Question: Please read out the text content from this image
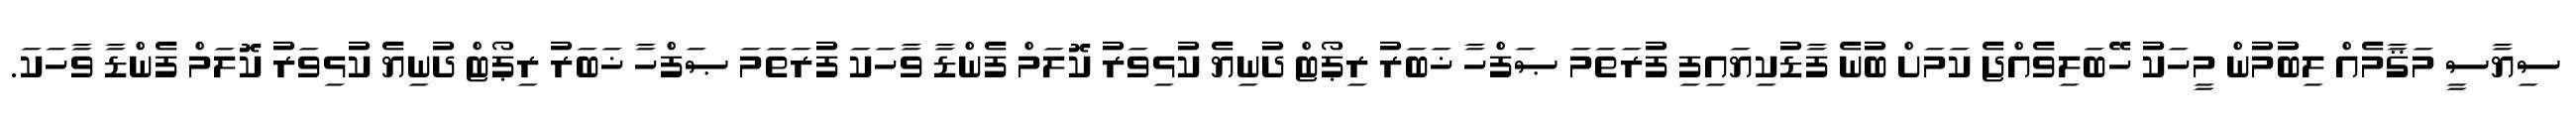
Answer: ސިޔާސީ މަޤާމެއް ލިބުމުން މީހަކު ހޭބަލިވެއްޖެ ކަމަށް ބުނެ ފާޑުކިޔައިފި ފުރަތަމަ ޞަފްހާ ޚަބަރު ރިޕޯޓް ދުނިޔެ ކުޅިވަރު ކޮލަމް ފެންޑާ ވާހަކަ ފުރަތަމަ ޞަފްހާ ޚަބަރު ރިޕޯޓް ދުނިޔެ ކުޅިވަރު ކޮލަމް ފެންޑާ ވާހަކަ.